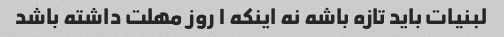
لبنیات باید تازه باشه نه اینکه ۱ روز مهلت داشته باشد